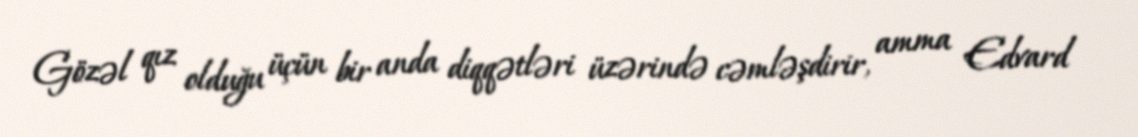
Gözəl qız olduğu üçün bir anda diqqətləri üzərində cəmləşdirir, amma Edvard